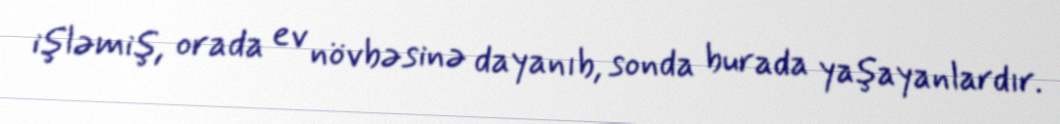
işləmiş, orada ev növbəsinə dayanıb, sonda burada yaşayanlardır.